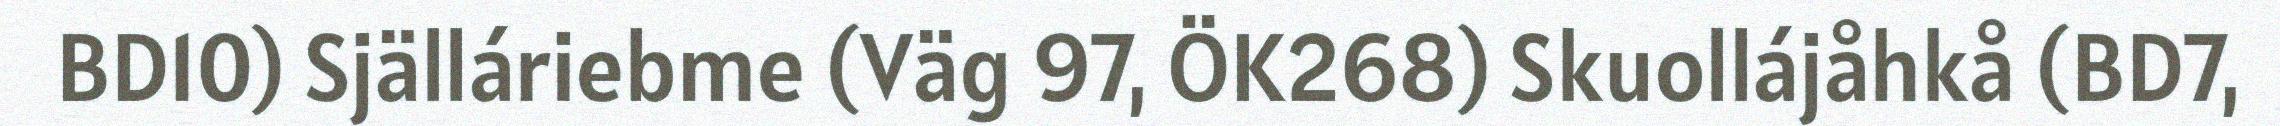
BD10) Själláriebme (Väg 97, ÖK268) Skuollájåhkå (BD7,